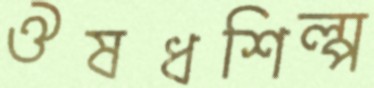
ঔষধশিল্প